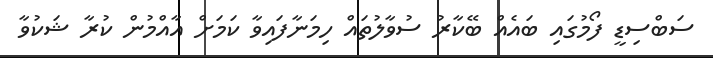
ސަބްސިޑީ ފޯމުގައި ބައެއް ބޭކާރު ސުވާލުތައް ހިމަނާފައިވާ ކަމަށް އާއްމުން ކުރާ ޝަކުވާ